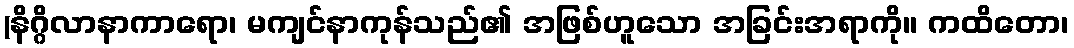
(နိဂ္ဂိလာနာကာရော၊ မကျင်နာကုန်သည်၏ အဖြစ်ဟူသော အခြင်းအရာကို။ ကထိတော၊